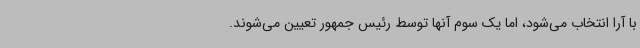
با آرا انتخاب می‌شود، اما یک سوم آنها توسط رئیس جمهور تعیین می‌شوند.